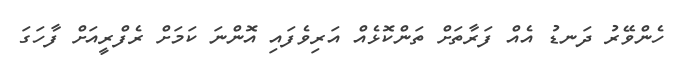
ހެންވޭރު ދަނޑު އެއް ފަރާތަށް ތަންކޮޅެއް އަރިވެފައި އޮންނަ ކަމަށް ރެފްރީއަށް ފާހަގަ